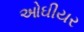
ઓઘીયર